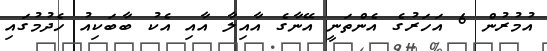
އުމުރުން 6 އަހަރުގެ އެންތަނީ އޭނާގެ އާއިލާ އާއި އެކު ބާބަކިއު ހެދުމުގައި